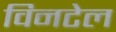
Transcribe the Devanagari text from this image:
विनटेल